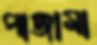
পাজামা